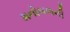
મનોબળની